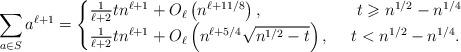
LaTeX: \begin{align*}\sum_{a\in S}a^{\ell+1}=\begin{cases}\frac{1}{\ell+2}tn^{\ell+1}+O_\ell\left(n^{\ell+11/8}\right),~&~t\geqslant n^{1/2}-n^{1/4}\\\frac{1}{\ell+2}tn^{\ell+1}+O_\ell\left(n^{\ell+5/4}\sqrt{n^{1/2}-t}\right),~&t<n^{1/2}-n^{1/4}.\end{cases}\end{align*}